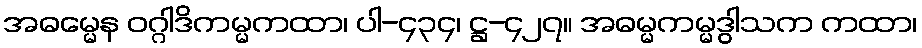
အဓမ္မေန ဝဂ္ဂါဒိကမ္မကထာ၊ ပါ-၄၃၄၊ ဋ္ဌ-၄၂၇။ အဓမ္မကမ္မဒွါသက ကထာ၊